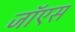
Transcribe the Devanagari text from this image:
जॉएस